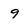
Character: 9